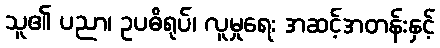
သူ၏ ပညာ၊ ဥပဓိရုပ်၊ လူမှုရေး အဆင့်အတန်းနှင့်